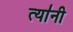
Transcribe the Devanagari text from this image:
त्या॑नी